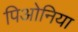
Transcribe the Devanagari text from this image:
पिओनिया